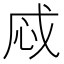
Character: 𢘱